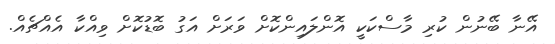
އޭނާ ބޭނުން ކުރި މާސްކަކީ އޮންލައިންކޮށް ވަރަށް އަގު ބޮޑުކޮށް ވިއްކާ އެއްޗެއް.